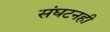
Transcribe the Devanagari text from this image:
संघटनही